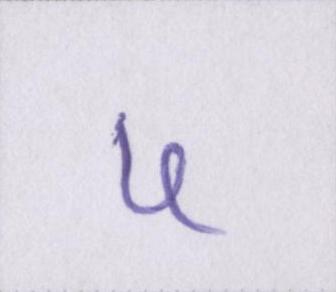
५